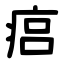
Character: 㾔